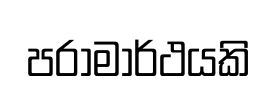
පරාමාර්ථයකි